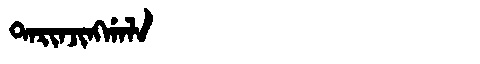
Manchu: ᡨᠠᡵᡳᠨᠵᡳᠩᡤᠠᠯᠠ
Romanization: TARINJINGGALA